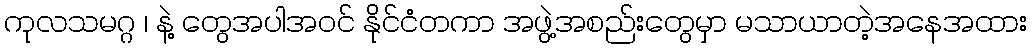
ကုလသမဂ္ဂ ၊ နဲ့ တွေအပါအဝင် နိုင်ငံတကာ အဖွဲ့အစည်းတွေမှာ မသာယာတဲ့အနေအထား